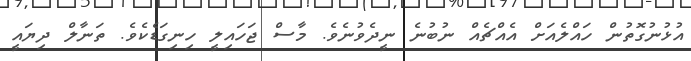
އުޅުނުގޮތުން ހައްލެއަށް އެއްޗެއް ނުބުނެ ނީދެވުނެވެ. މާސް ޖަހައިލީ ހިނިގަޑެކެވެ. ތަނާލް ދިޔައީ